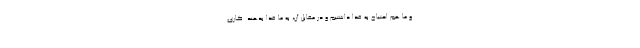
و ما هم احتیاج به غذا داشتیم و در مقابل آن، به ما غذا بدهند. کاری